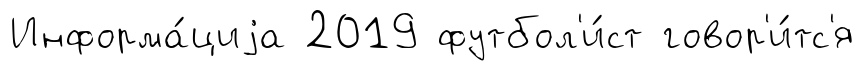
Информа́циjа 2019 футбол'и́ст говор'и́тс'я